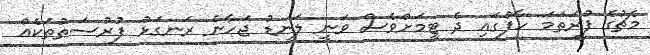
މެޗުގެ ފުރަތަމަ ހާފްގައި ދެ ޓީމަށްވެސް ވަނީ ލަނޑު ޖަހާނެ ރަނގަޅު ފުރުސަތުތަކެއް